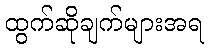
ထွက်ဆိုချက်များအရ